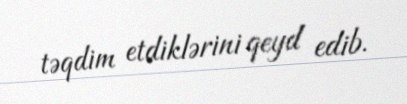
təqdim etdiklərini qeyd edib.